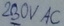
Text: 230V AC